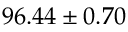
9 6 . 4 4 \pm 0 . 7 0